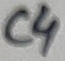
Text: C4